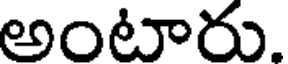
అంటారు.